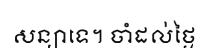
សន្យាទេ។ ចាំដល់ថ្ងៃ